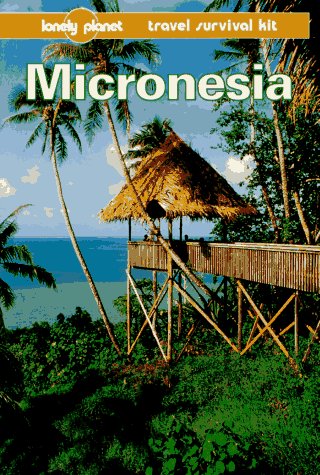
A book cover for Lonely Planet Micronesia (Micronesia, a Travel Survival Kit, 3rd ed); Glenda Bendure; Travel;